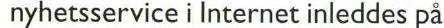
nyhetsservice i Internet inleddes på